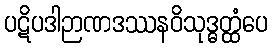
ပဋိပဒါဉာဏဒဿနဝိသုဒ္ဓတ္ထံပေ